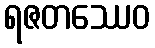
ရဇတဿေဝ